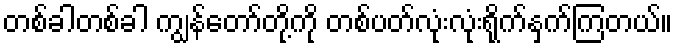
တစ်ခါတစ်ခါ ကျွန်တော်တို့ကို တစ်ပတ်လုံးလုံးရိုက်နှက်ကြတယ်။